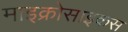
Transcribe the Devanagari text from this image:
माइक्रोसाइकस